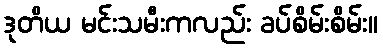
ဒုတိယ မင်းသမီးကလည်း ခပ်စိမ်းစိမ်း။